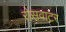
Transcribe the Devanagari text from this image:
रोसवाटर